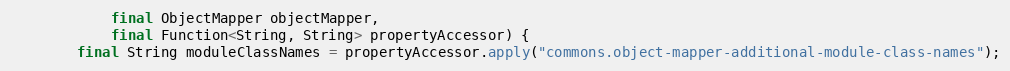
Language: Java
            final ObjectMapper objectMapper,
            final Function<String, String> propertyAccessor) {
        final String moduleClassNames = propertyAccessor.apply("commons.object-mapper-additional-module-class-names");